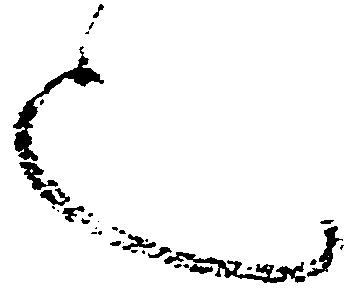
也